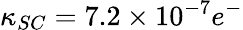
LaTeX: \kappa_{SC}=7.2\times 10^{-7}e^{-}